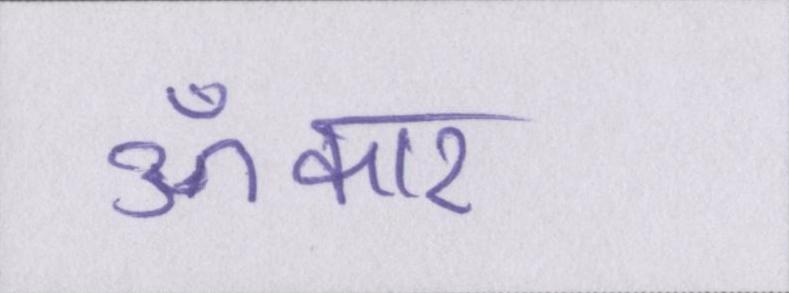
ॐकार